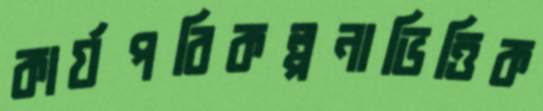
কার্যপরিকল্পনাভিত্তিক